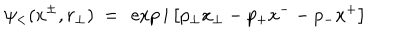
LaTeX: \psi _ { < } ( x ^ { \pm } , r _ { \perp } ) ~ = ~ \exp i \left[ p _ { \perp } x _ { \perp } - p _ { + } x ^ { - } - p _ { - } x ^ { + } \right]